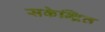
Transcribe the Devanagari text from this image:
सकेन्द्रित